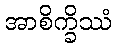
အာစိက္ခိဿံ